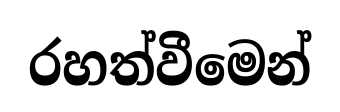
රහත්වීමෙන්